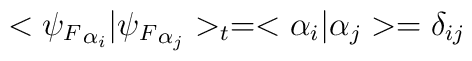
<{\psi_F}_{\alpha_i}|{\psi_F}_{\alpha_j}>_t = <\alpha_i|\alpha_j> =\delta_{ij}